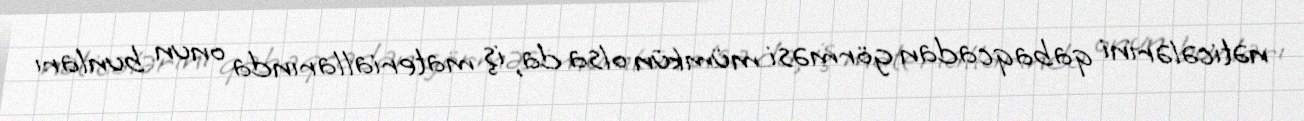
nəticələrini qabaqcadan görməsi mümkün olsa da, iş materiallarında onun bunları